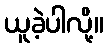
ယူခဲ့ပါလို့။